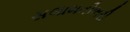
સલામતીભરી